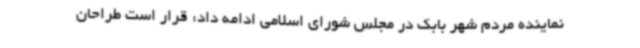
نماینده مردم شهر بابک در مجلس شورای اسلامی ادامه داد: قرار است طراحان